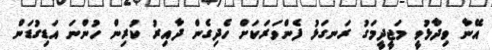
އޭނާ ވިދާޅުވީ މަޖީދީމަގު ރަނގަޅު ފެންވަރަކަށް ހެދިގެން ދާއިރު ކުރިން ހުންނަ އަޑިގުޑަން